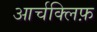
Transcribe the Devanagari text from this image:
आर्चक्लिफ़